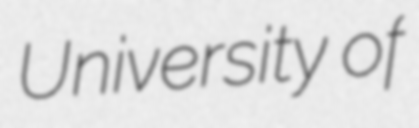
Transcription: University of